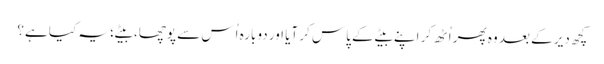
کچھ دیر کے بعد وہ پھر اُٹھ کر اپنے بیٹے کے پاس کر آیا اور دوبارہ اُس سے پوچھا، بیٹے؛ یہ کیا ہے؟